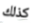
كذلك